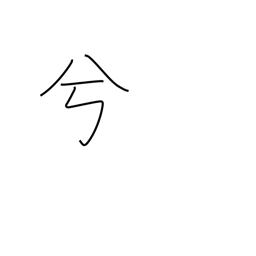
Meaning: auxiliary word for euphony or emphasis